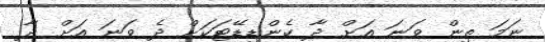
ނަމަ ތިން ވަނަ އަށް ދާ ކެންޑިޑޭޓަކަށް ދެ ވަނަ އަށް ދާ